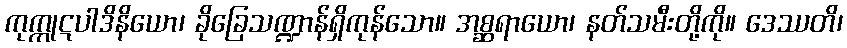
ကုက္ကုဋပါဒိနိယော၊ ခိုခြေသဏ္ဍာန်ရှိကုန်သော။ အစ္ဆရာယော၊ နတ်သမီးတို့ကို။ ဒေဿတိ၊